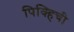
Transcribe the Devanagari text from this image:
पिक्हिची